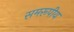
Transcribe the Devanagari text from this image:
समरूपीय